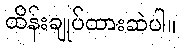
ထိန်းချုပ်ထားဆဲပါ။